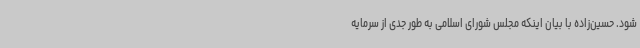
شود. حسین‌زاده با بیان اینکه مجلس شورای اسلامی به طور جدی از سرمایه